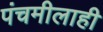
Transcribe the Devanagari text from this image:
पंचमीलाही